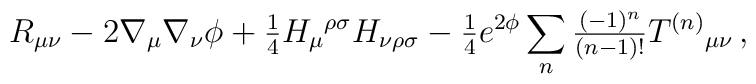
R_{\mu\nu} -2\nabla_{\mu}\nabla_{\nu}\phi +{\textstyle\frac{1}{4}} H_{\mu}{}^{\rho\sigma} H_{\nu\rho\sigma}-{\textstyle\frac{1}{4}}e^{2\phi}\sum_{n} {\textstyle\frac{(-1)^{n}}{(n-1)!}} T^{(n)}{}_{\mu\nu}\, ,